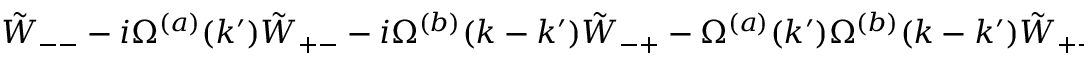
\begin{array} { r } { \tilde { W } _ { -- } - i \Omega ^ { ( a ) } ( k ^ { \prime } ) \tilde { W } _ { + - } - i \Omega ^ { ( b ) } ( k - k ^ { \prime } ) \tilde { W } _ { - + } - \Omega ^ { ( a ) } ( k ^ { \prime } ) \Omega ^ { ( b ) } ( k - k ^ { \prime } ) \tilde { W } _ { + + } = R ^ { ( a b ) } ( k ^ { \prime } , k - k ^ { \prime } ) \; , } \end{array}